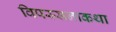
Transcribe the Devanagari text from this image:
विपस्सनाकथा